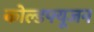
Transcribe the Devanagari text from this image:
कोल्डफ्यूजन